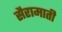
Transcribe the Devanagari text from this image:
सैरामाती